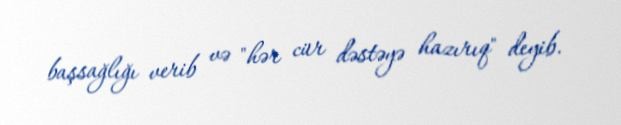
başsağlığı verib və "hər cür dəstəyə hazırıq" deyib.